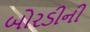
બોરડીની